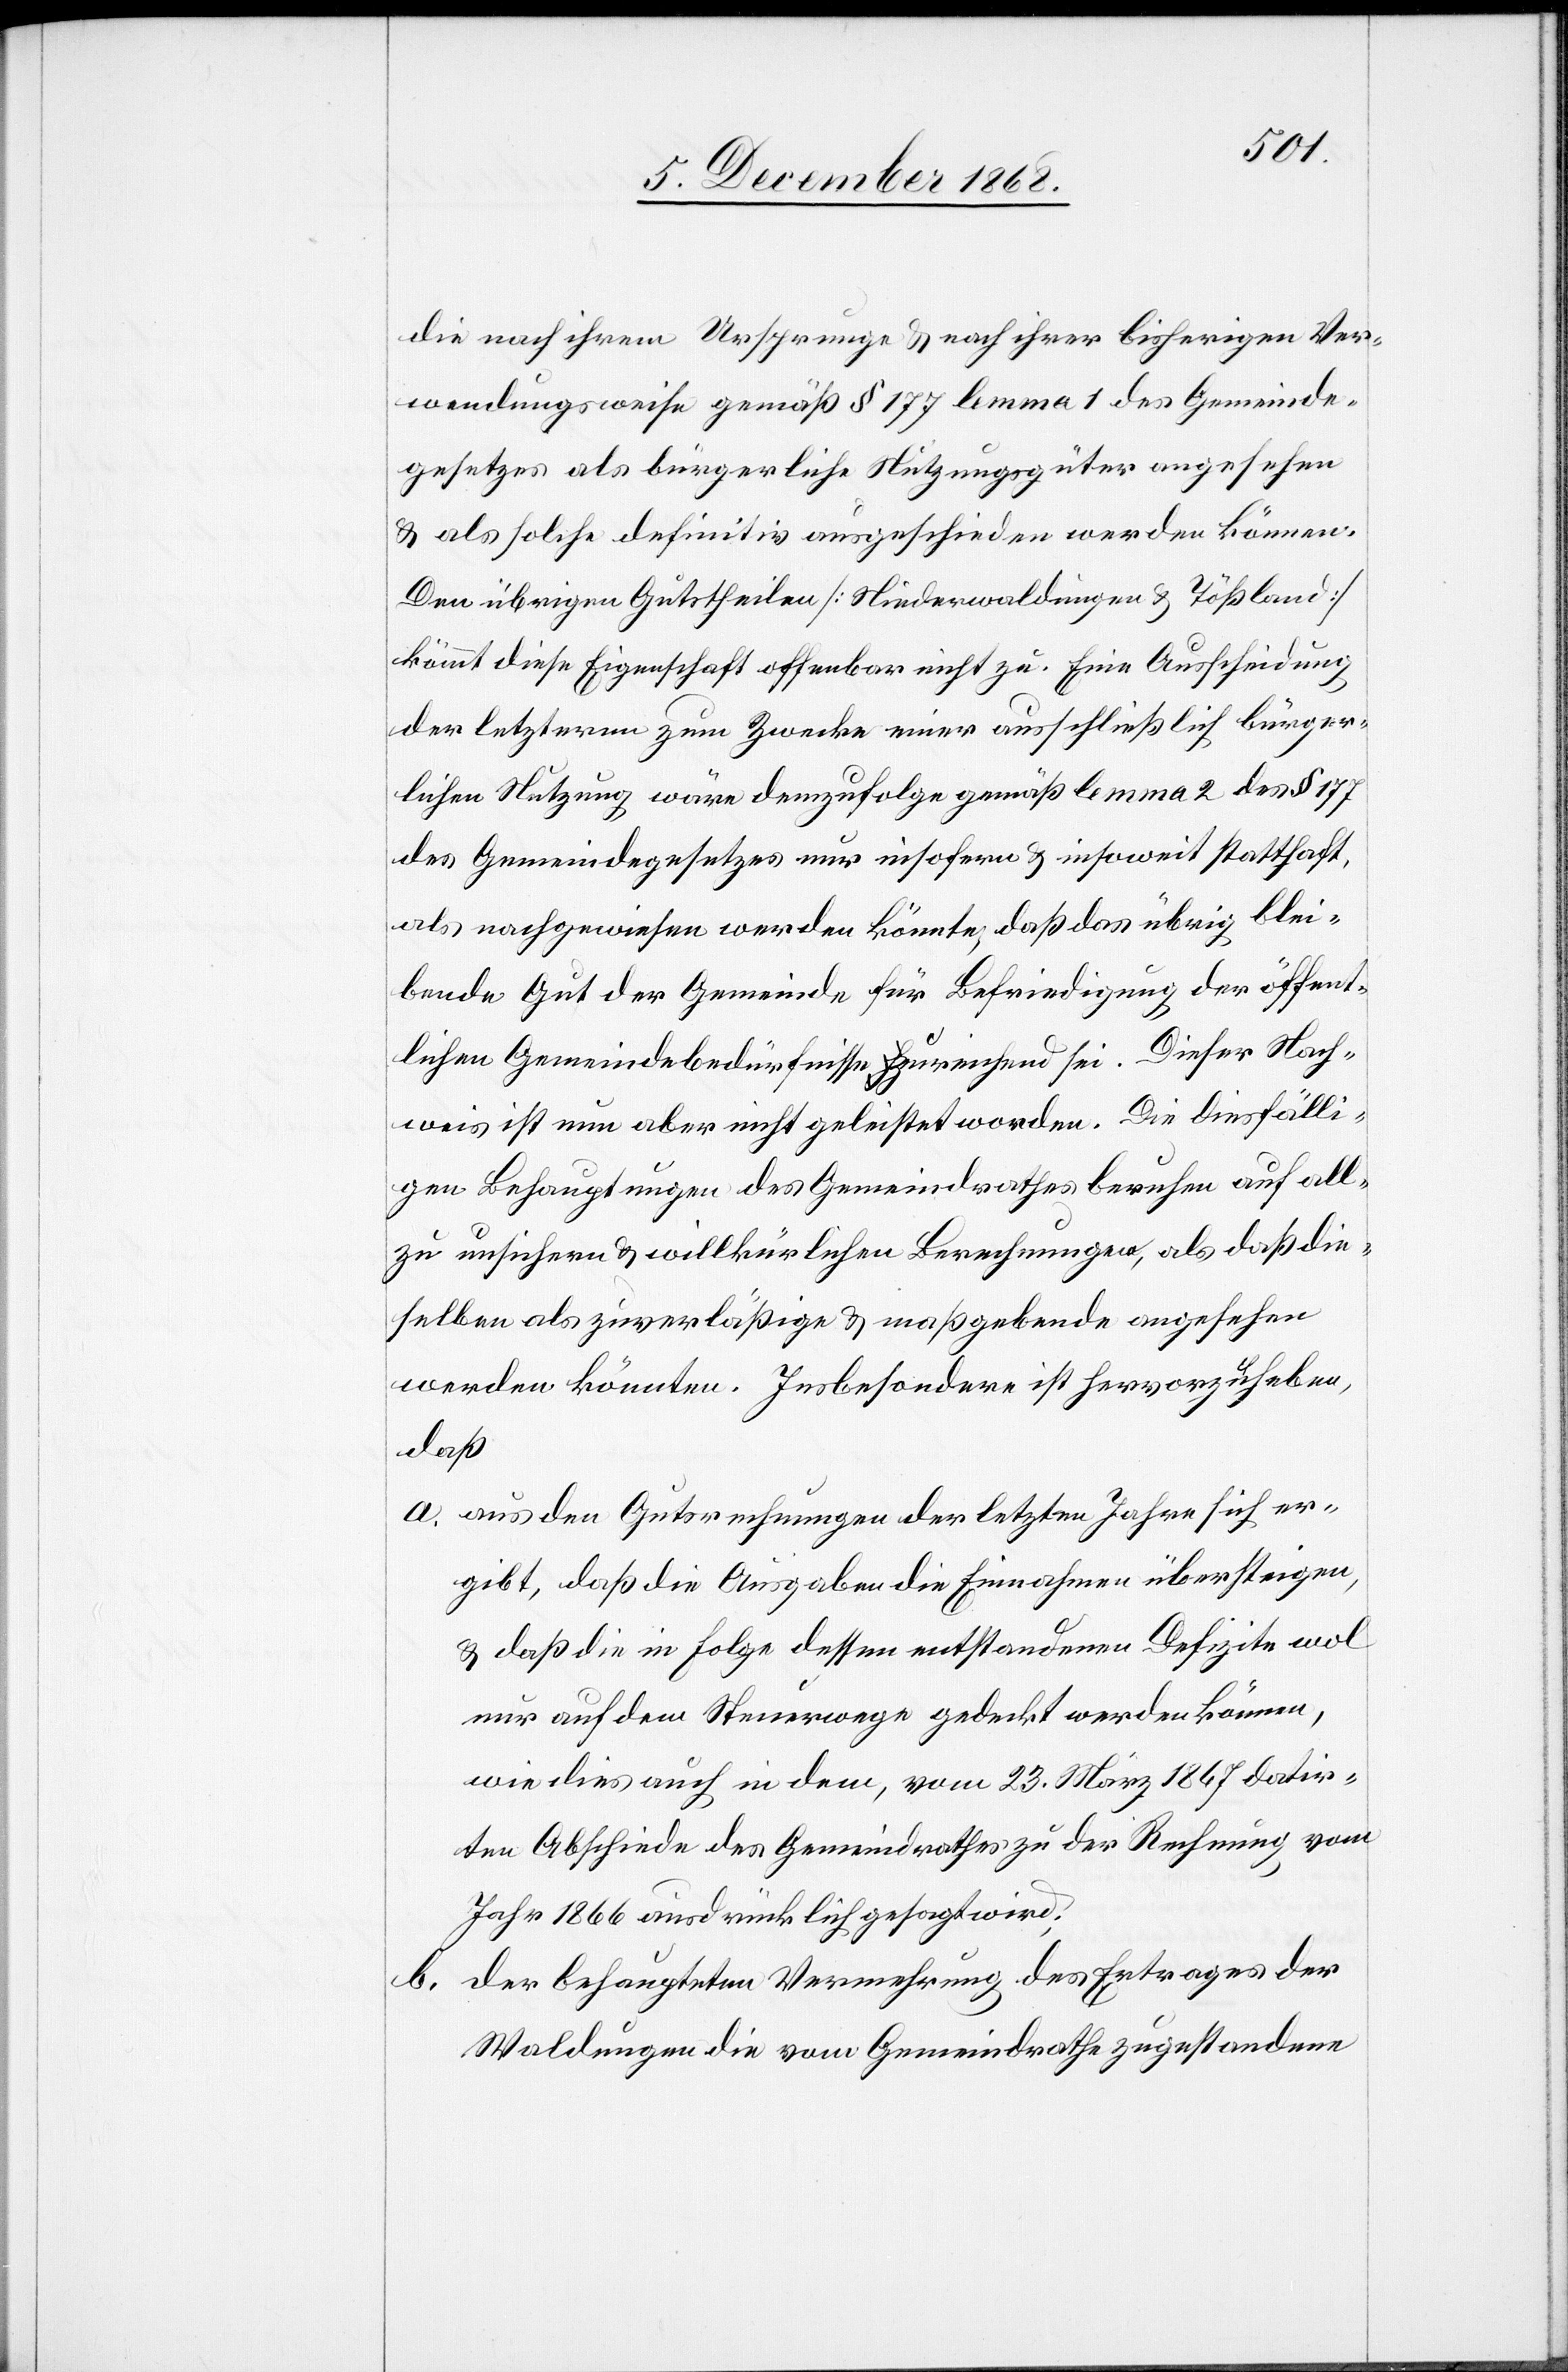
die nach ihrem Ursprunge & nach ihrer bisherigen Ver¬
wendungsweise gemäß § 177 lemma 1 des Gemeinde¬
gesetzes als bürgerliche Nutzungsgüter angesehen
& als solche definitiv ausgeschieden werden können.
Den übrigen Gutstheilen [Niederwaldungen & Tößland]
kömmt diese Eigenschaft offenbar nicht zu. Eine Ausscheidung
der letzteren zum Zwecke einer ausschließlich bürger¬
lichen Nutzung wäre demzufolge gemäß lemma 2 des § 177
des Gemeindegesetzes nur insofern & insoweit statthaft,
als nachgewiesen werden könnte, daß das übrig blei¬
bende Gut der Gemeinde für Befriedigung der öffent¬
lichen Gemeindebedürfnisse zureichend sei. Dieser Nach¬
weis ist nun aber nicht geleistet worden. Die diesfälli¬
gen Behauptungen des Gemeindrathes beruhen auf all¬
zu unsichern & willkürlichen Berechnungen, als daß die¬
selben als zuverläßige & maßgebende angesehen
werden könnten. Insbesondere ist hervorzuheben,
daß
aus den Gutsrechnungen der letzten Jahre sich er¬
gibt, daß die Ausgaben die Einnahmen übersteigen,
& daß die in Folge dessen entstandenen Defizite wol
nur auf dem Steuerwege gedeckt werden können,
wie dies auch in dem, vom 23. März 1867 datir¬
ten Abschiede des Gemeindrathes zu der Rechnung vom
Jahr 1866 ausdrücklich gesagt wird;
der behaupteten Vermehrung des Ertrages der
Waldungen die vom Gemeindrathe zugestandene